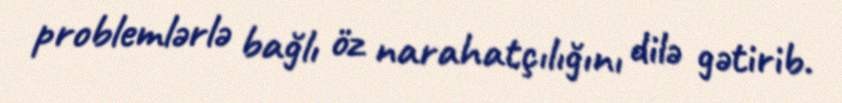
problemlərlə bağlı öz narahatçılığını dilə gətirib.